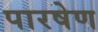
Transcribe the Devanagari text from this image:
पारषेण